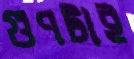
গুণটাই